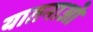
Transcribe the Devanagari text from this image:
यातनाओ